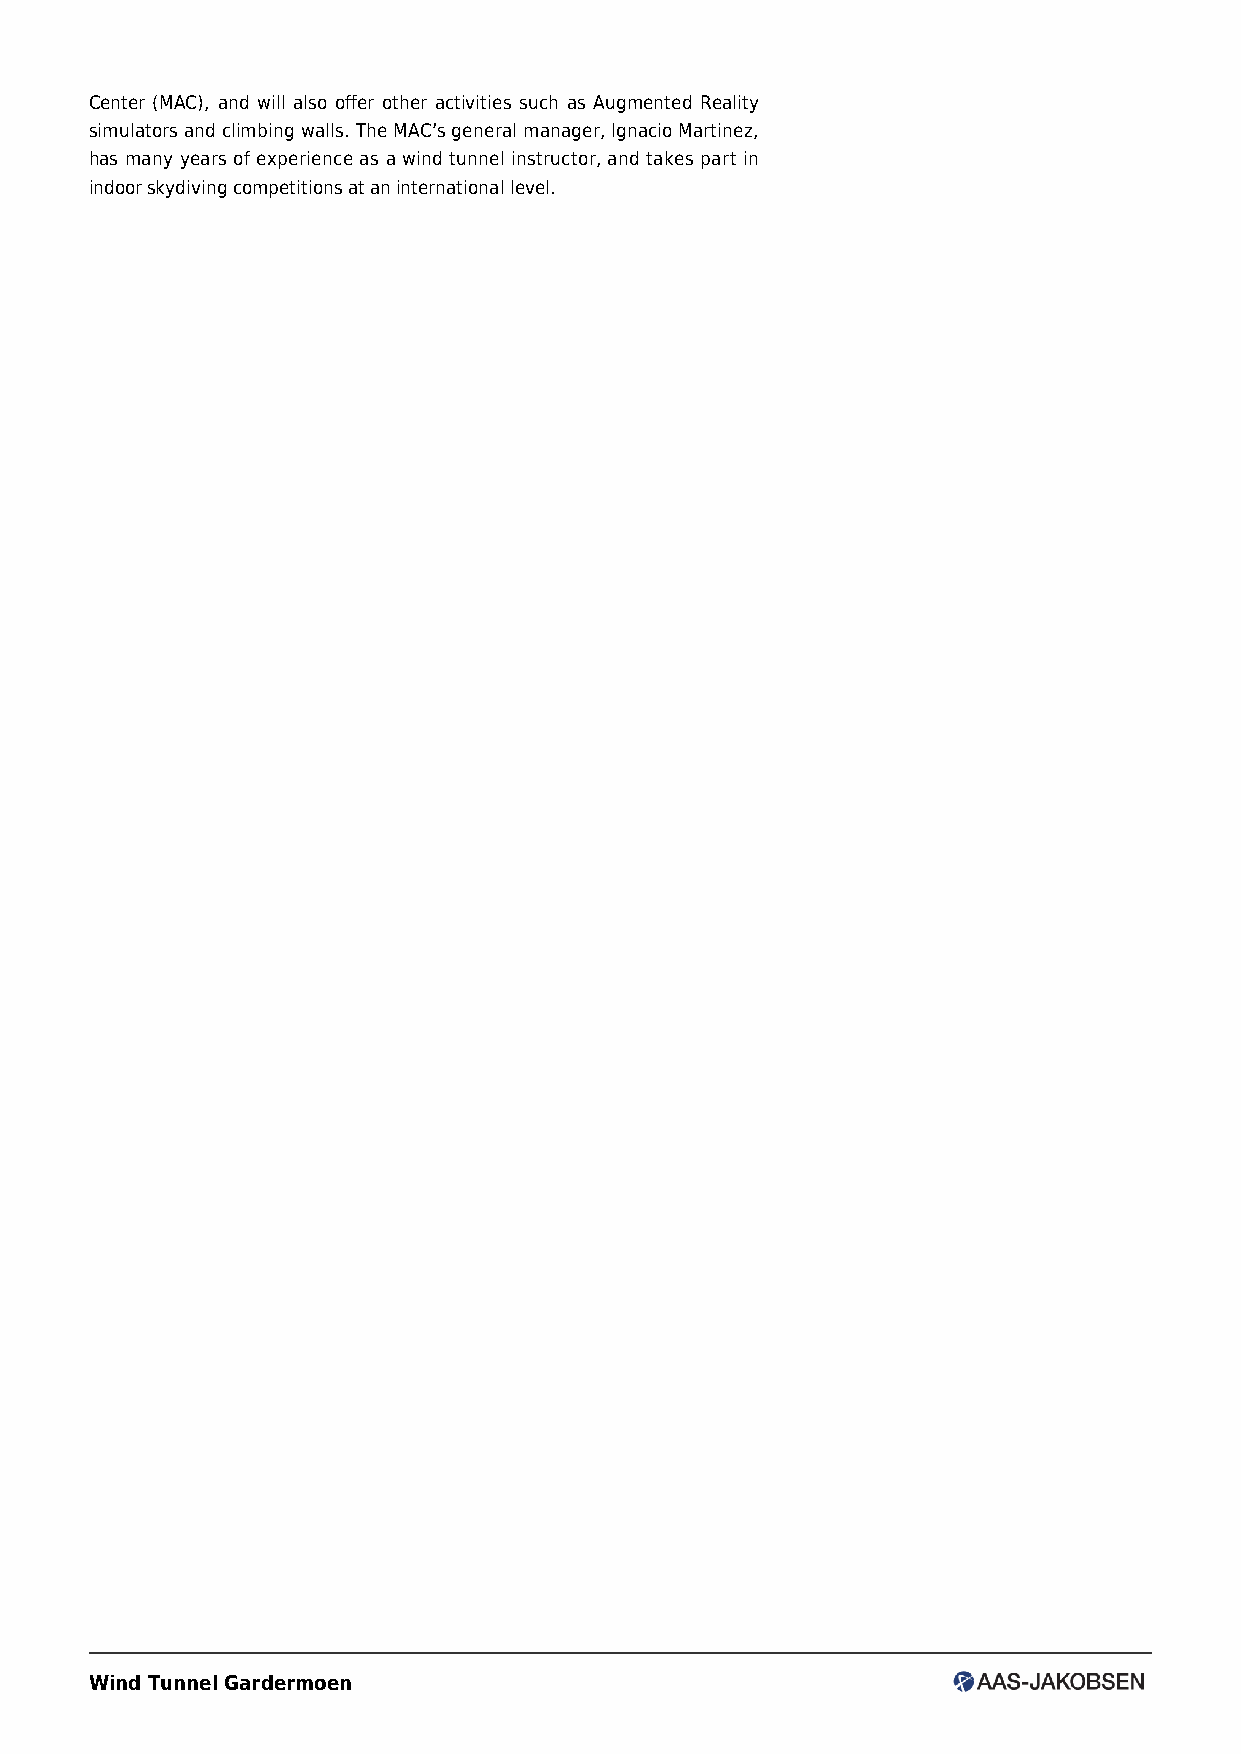
Center (MAC), and will also offer other activities such as Augmented Reality
 simulators and climbing walls. The MAC’s general manager, Ignacio Martinez,
 has many years of experience as a wind tunnel instructor, and takes part in
 indoor skydiving competitions at an international level.
 Wind Tunnel Gardermoen